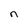
Character: n